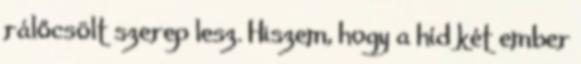
rálőcsölt szerep lesz. Hiszem, hogy a híd két ember